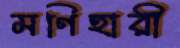
মণিহারী